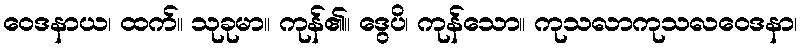
ဝေဒနာယ၊ ထက်။ သုခုမာ။ ကုန်၏။ ဒွေပိ၊ ကုန်သော။ ကုသလာကုသလဝေဒနာ၊